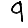
Digit: 9